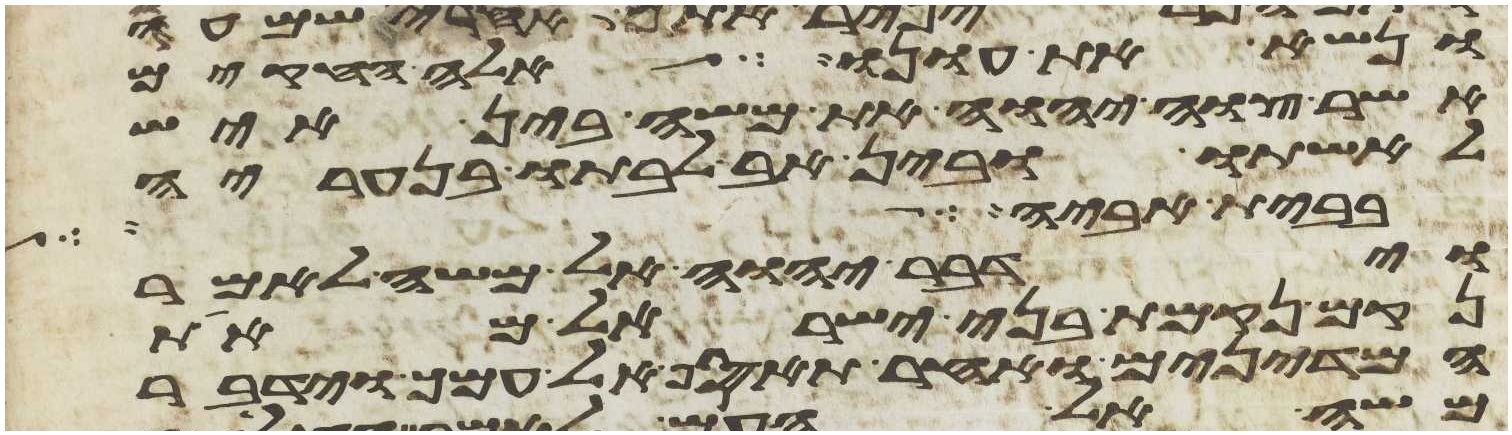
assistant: ונשא את עונו אלה החקים
אשר צוה יהוה את משה בין איש
לאשתו ובין אב לבתו בנעריה
בית אביה
וידבר יהוה אל משה לאמר
נקם נקמת בני ישראל מאת
המדינים ואחר תאסף אל עמך וידבר